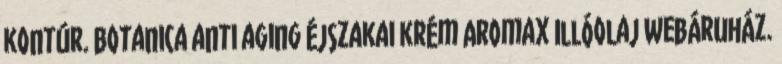
kontúr. Botanica anti aging éjszakai krém Aromax Illóolaj Webáruház.